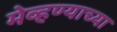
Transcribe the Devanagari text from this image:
मेव्हण्याच्या